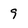
Character: 9